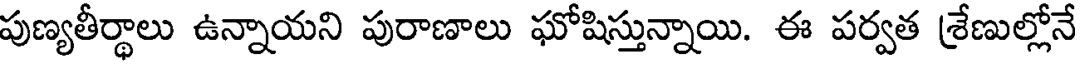
పుణ్యతీర్థాలు ఉన్నాయని పురాణాలు ఘోషిస్తున్నాయి. ఈ పర్వత శ్రేణుల్లోనే